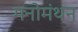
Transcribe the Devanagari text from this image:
मनोमंथन